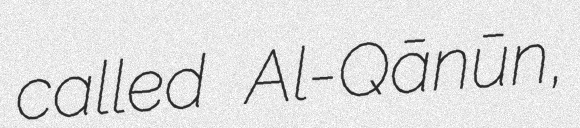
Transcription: called Al-Qānūn,